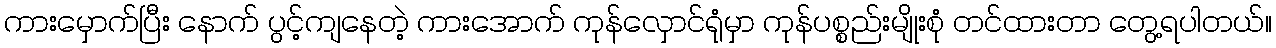
ကားမှောက်ပြီး နောက် ပွင့်ကျနေတဲ့ ကားအောက် ကုန်လှောင်ရုံမှာ ကုန်ပစ္စည်းမျိုးစုံ တင်ထားတာ တွေ့ရပါတယ်။